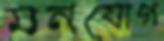
মনযোগ